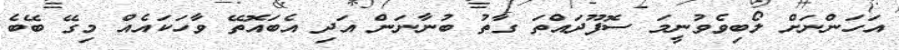
އަހަންނަށް ލޯބިވެވުނީމަ ސޮފޫދައްތަ ގާތު ބުނާނަން އަދި އެބައޮތޭ ވާހަކައެއް މިގޭ ބޭބެ